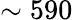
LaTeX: \sim 590